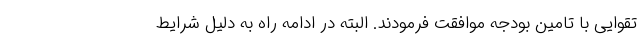
تقوایی با تامین بودجه موافقت فرمودند. البته در ادامه راه به دلیل شرایط